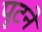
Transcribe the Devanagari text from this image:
पुटने